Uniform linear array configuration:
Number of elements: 16
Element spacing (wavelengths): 0.5
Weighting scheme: hamming
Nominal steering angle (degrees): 15
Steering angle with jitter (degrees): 13.2
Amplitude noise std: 0.05
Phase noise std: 0.05

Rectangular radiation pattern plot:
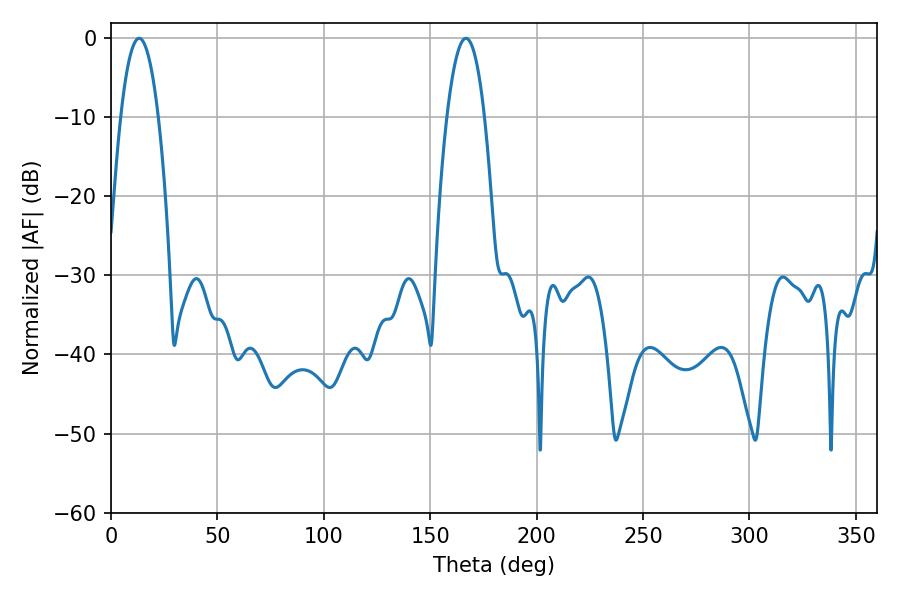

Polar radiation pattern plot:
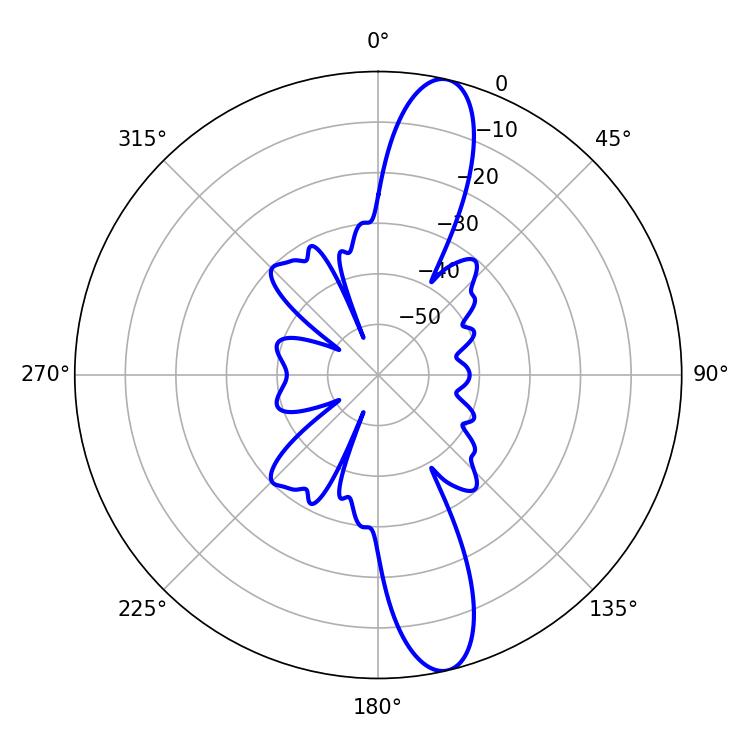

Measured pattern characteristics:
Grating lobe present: FALSE
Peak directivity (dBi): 13.783
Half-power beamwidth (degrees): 9.72
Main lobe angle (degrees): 13.14